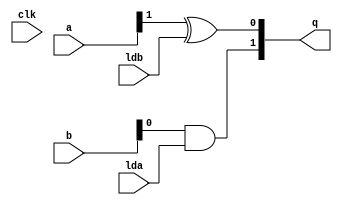
module q2 (q, a, b, lda, ldb, clk);
    parameter N = 2;

    input [N-1:0] a;
    input [N-1:0] b;
    input lda, ldb, clk;
    output [N-1:0] q;
    wire out_one;
    wire out_two;

    xor (out_one, a[N-1], ldb);
    and (out_two, b[0], lda);

    buf (q[0], out_one);
    buf (q[N-1], out_two);
endmodule